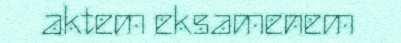
aktem eksamenem